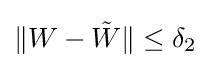
\|W-{\tilde {W}}\|\leq \delta _{2}